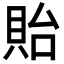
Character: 貽